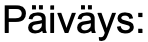
Päiväys: